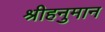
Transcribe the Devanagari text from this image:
श्रीहनुमान